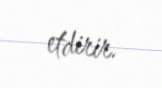
etdirir.